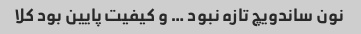
نون ساندویچ تازه نبود … و کیفیت پایین بود کلا